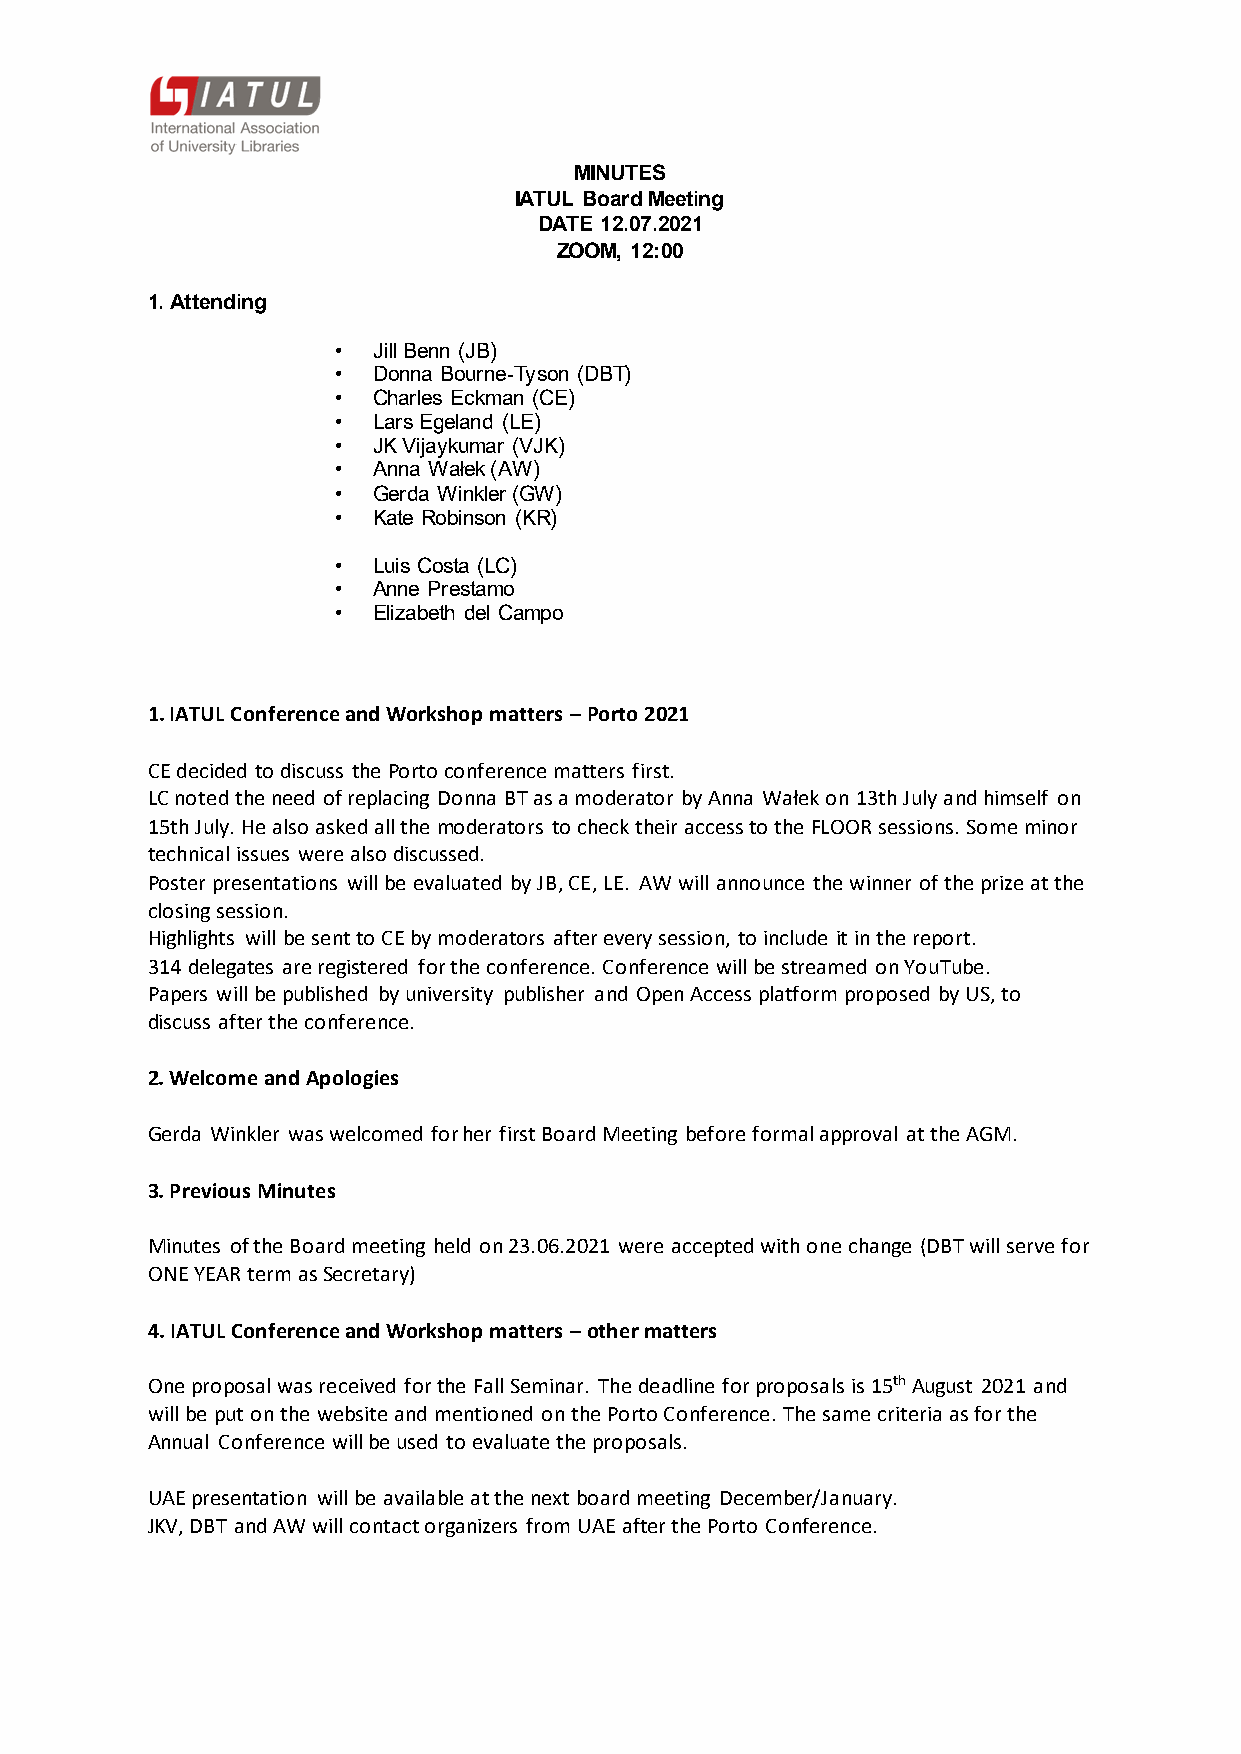
MINUTES
 IATUL Board Meeting
 DATE 12.07.2021
 ZOOM, 12:00
 1. Attending
 •  Jill Benn (JB)
 •  Donna Bourne-Tyson (DBT)
 •  Charles Eckman (CE)
 •  Lars Egeland (LE)
 •  JK Vijaykumar (VJK)
 •  Anna Wałek (AW)
 •  Gerda Winkler (GW)
 •  Kate Robinson (KR)
 •  Luis Costa (LC)
 •  Anne Prestamo
 •  Elizabeth del Campo
 1. IATUL Conference and Workshop matters – Porto 2021
 CE decided to discuss the Porto conference matters first.
 LC noted the need of replacing Donna BT as a moderator by Anna Wałek on 13th July and himself on
 15th July. He also asked all the moderators to check their access to the FLOOR sessions. Some minor
 technical issues were also discussed.
 Poster presentations will be evaluated by JB, CE, LE. AW will announce the winner of the prize at the
 closing session.
 Highlights will be sent to CE by moderators after every session, to include it in the report.
 314 delegates are registered for the conference. Conference will be streamed on YouTube.
 Papers will be published by university publisher and Open Access platform proposed by US, to
 discuss after the conference.
 2. Welcome and Apologies
 Gerda Winkler was welcomed for her first Board Meeting before formal approval at the AGM.
 3. Previous Minutes
 Minutes of the Board meeting held on 23.06.2021 were accepted with one change (DBT will serve for
 ONE YEAR term as Secretary)
 4. IATUL Conference and Workshop matters – other matters
 One proposal was received for the Fall Seminar. The deadline for proposals is 15th August 2021 and
 will be put on the website and mentioned on the Porto Conference. The same criteria as for the
 Annual Conference will be used to evaluate the proposals.
 UAE presentation will be available at the next board meeting December/January.
 JKV, DBT and AW will contact organizers from UAE after the Porto Conference.